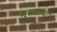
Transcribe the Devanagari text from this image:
मूल्याचा